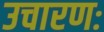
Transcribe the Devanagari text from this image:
उचारणः